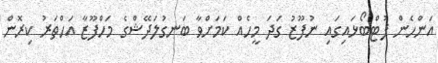
އަންހެން ފުޓްބޯޅައިގައި ނުފޫޒު ގަދަ މީހެއް ކަމަށްވާ ބަނގުލަދޭޝްގެ މަހްފޫޒާ އަހްތަރު ކިރޮން